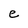
Character: e